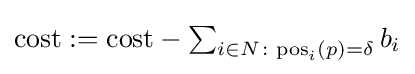
\mathrm {cost} :=\mathrm {cost} -\textstyle \sum _{i\in N\colon \mathrm {pos} _{i}(p)=\delta }b_{i}